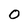
Character: O